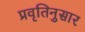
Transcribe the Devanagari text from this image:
प्रवृतिनुसार